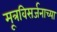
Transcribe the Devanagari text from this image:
मूत्रविसर्जनाच्या